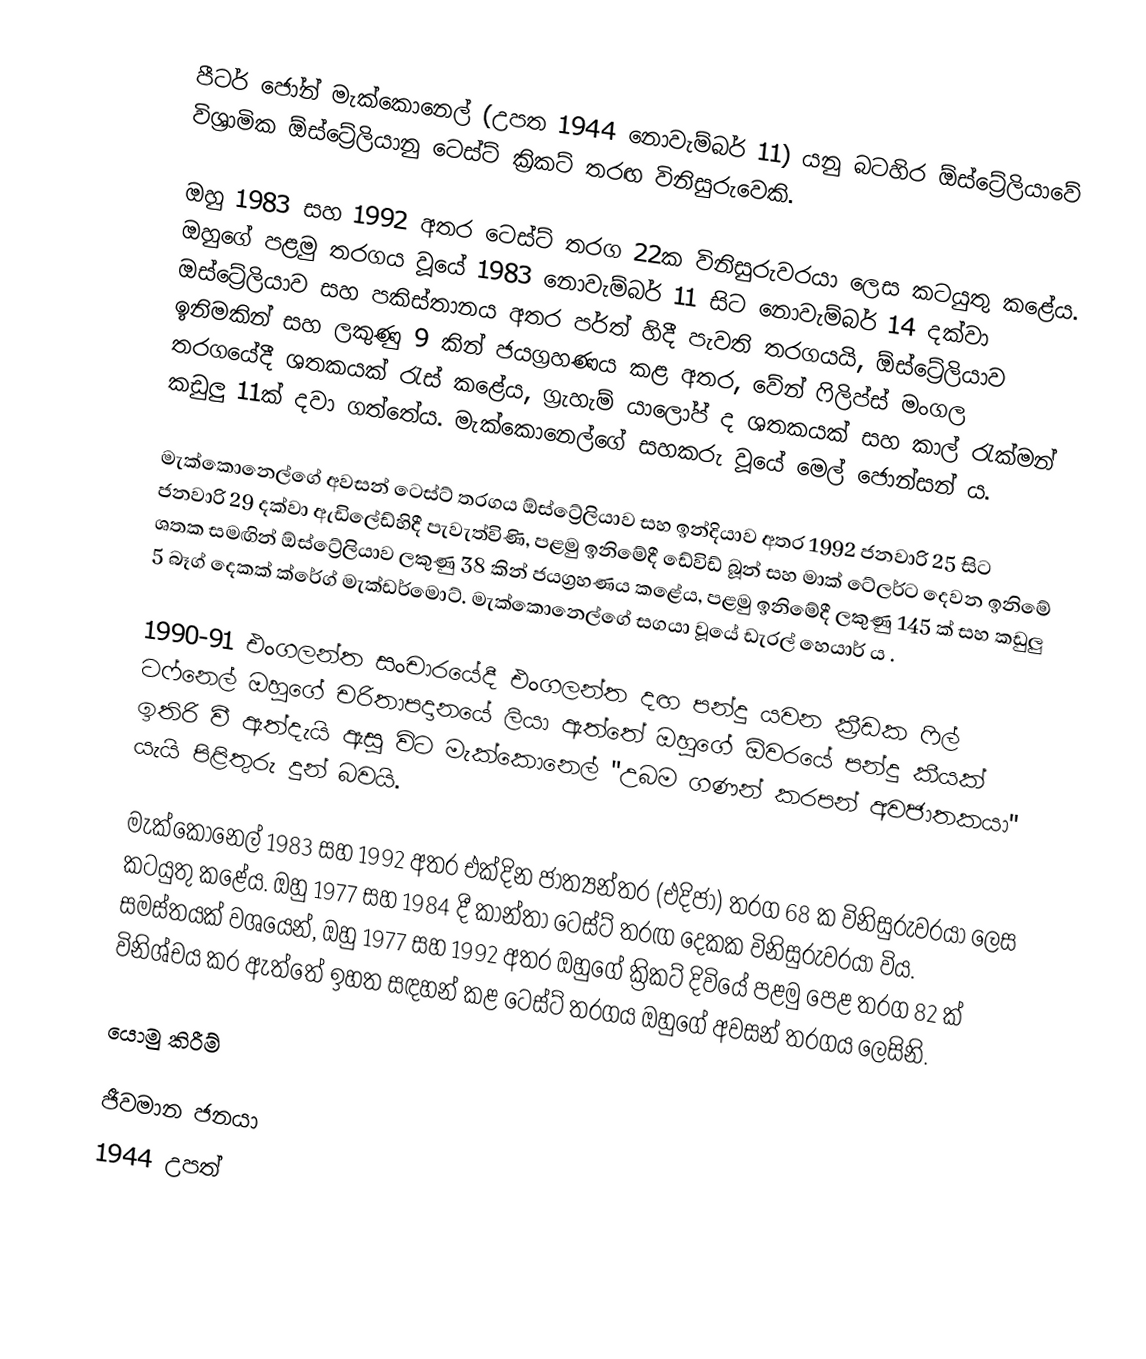
පීටර් ජෝන් මැක්කොනෙල් (උපත 1944 නොවැම්බර් 11) යනු බටහිර ඕස්ට්‍රේලියාවේ විශ්‍රාමික ඕස්ට්‍රේලියානු ටෙස්ට් ක්‍රිකට් තරඟ විනිසුරුවෙකි.

ඔහු 1983 සහ 1992 අතර ටෙස්ට් තරග 22ක විනිසුරුවරයා ලෙස කටයුතු කළේය. ඔහුගේ පළමු තරගය වූයේ 1983 නොවැම්බර් 11 සිට නොවැම්බර් 14 දක්වා ඔස්ට්‍රේලියාව සහ පකිස්තානය අතර පර්ත් හිදී පැවති තරගයයි, ඕස්ට්‍රේලියාව ඉනිමකින් සහ ලකුණු 9 කින් ජයග්‍රහණය කළ අතර, වේන් ෆිලිප්ස් මංගල තරගයේදී ශතකයක් රැස් කළේය, ග්‍රැහැම් යාලෝප් ද ශතකයක් සහ කාල් රැක්මන් කඩුලු 11ක් දවා ගත්තේය. මැක්කොනෙල්ගේ සහකරු වූයේ මෙල් ජොන්සන් ය.

මැක්කොනෙල්ගේ අවසන් ටෙස්ට් තරගය ඕස්ට්‍රේලියාව සහ ඉන්දියාව අතර 1992 ජනවාරි 25 සිට ජනවාරි 29 දක්වා ඇඩිලේඩ්හිදී පැවැත්විණි, පළමු ඉනිමේදී ඩේවිඩ් බූන් සහ මාක් ටේලර්ට දෙවන ඉනිමේ ශතක සමඟින් ඕස්ට්‍රේලියාව ලකුණු 38 කින් ජයග්‍රහණය කළේය, පළමු ඉනිමේදී ලකුණු 145 ක් සහ කඩුලු 5 බෑග් දෙකක් ක්රේග් මැක්ඩර්මොට්. මැක්කොනෙල්ගේ සගයා වූයේ ඩැරල් හෙයාර් ය .

1990-91 එංගලන්ත සංචාරයේදී එංගලන්ත දඟ පන්දු යවන ක්‍රීඩක ෆිල් ටෆ්නෙල් ඔහුගේ චරිතාපදානයේ ලියා ඇත්තේ ඔහුගේ ඕවරයේ පන්දු කීයක් ඉතිරි වී ඇත්දැයි ඇසූ විට මැක්කොනෙල් "උබම ගණන් කරපන් අවජාතකයා" යැයි පිළිතුරු දුන් බවයි.

මැක්කොනෙල් 1983 සහ 1992 අතර එක්දින ජාත්‍යන්තර (එදිජා) තරග 68 ක විනිසුරුවරයා ලෙස කටයුතු කළේය. ඔහු 1977 සහ 1984 දී කාන්තා ටෙස්ට් තරඟ දෙකක විනිසුරුවරයා විය. සමස්තයක් වශයෙන්, ඔහු 1977 සහ 1992 අතර ඔහුගේ ක්‍රිකට් දිවියේ පළමු පෙළ තරග 82 ක් විනිශ්චය කර ඇත්තේ ඉහත සඳහන් කළ ටෙස්ට් තරගය ඔහුගේ අවසන් තරගය ලෙසිනි.

යොමු කිරීම්

ජීවමාන ජනයා
1944 උපත්